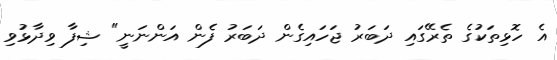
އެ ހޮޅިތަކުގެ ތެރޭގައި ދަބަރު ޖަހައިގެން ދަބަރު ފެން އަންނަނީ" ޝިފާ ވިދާޅުވި